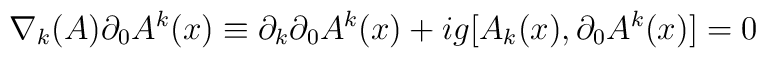
\nabla_{k}(A) {\partial_{0}A^{k}}(x) \equiv \partial_{k} \partial_{0}A^{k}(x) +ig[A_{k}(x), \partial_{0}A^{k}(x)] = 0